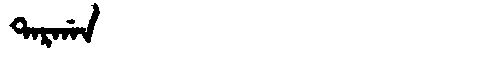
Manchu: ᡨᠠᡵᡤᠠᠨ
Romanization: TARGAN